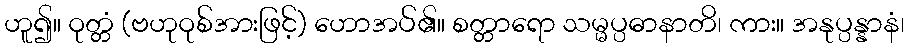
ဟူ၍။ ဝုတ္တံ (ဗဟုဝုစ်အားဖြင့်) ဟောအပ်၏။ စတ္တာရော သမ္မပ္ပဓာနာတိ၊ ကား။ အနုပ္ပန္နာနံ၊